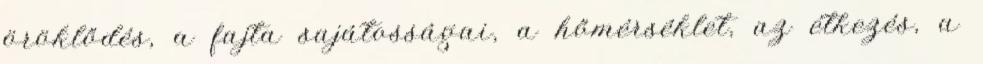
öröklődés, a fajta sajátosságai, a hőmérséklet, az étkezés, a